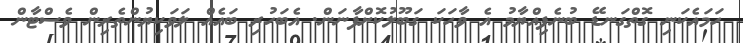
ހަމައެކަނި ގޮތްގަނޑޭ ބުނެފިއްޔާމު އެ ވާހަކަ ގަބޫލުކޮށްފާނަން. އެބަހުރި ބައެއް ލަވަކިޔުންތެރިން ވެސްޓާން